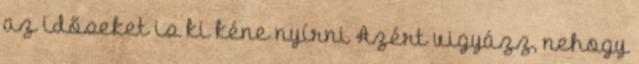
az időseket is ki kéne nyírni Azért vigyázz, nehogy